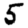
Digit: 5